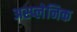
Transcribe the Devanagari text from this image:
अस्प्लेनिक